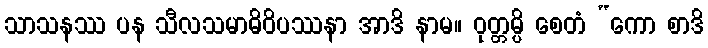
သာသနဿ ပန သီလသမာဓိဝိပဿနာ အာဒိ နာမ။ ဝုတ္တမ္ပိ စေတံ “ကော စာဒိ